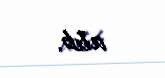
alıb.